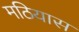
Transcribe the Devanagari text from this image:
मठियास